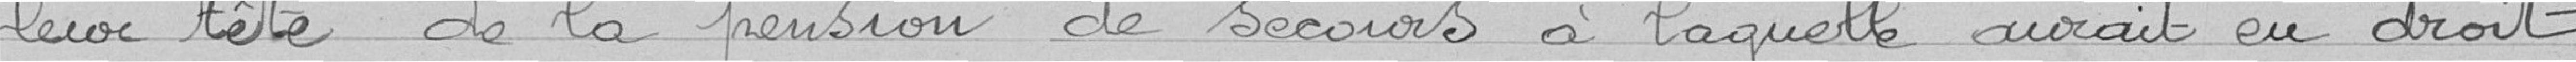
leur tête de la pension de secours à laquelle aurait eu droit